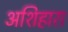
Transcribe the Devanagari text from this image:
अशिहारा